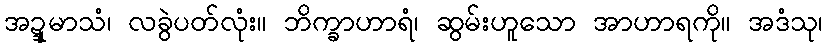
အဍ္ဍုမာသံ၊ လခွဲပတ်လုံး။ ဘိက္ခာဟာရံ၊ ဆွမ်းဟူသော အာဟာရကို။ အဒံသု၊